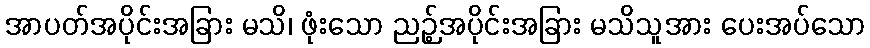
အာပတ်အပိုင်းအခြား မသိ၊ ဖုံးသော ညဉ့်အပိုင်းအခြား မသိသူအား ပေးအပ်သော